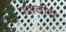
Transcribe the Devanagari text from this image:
पशवीय